Insane asylums in Bengal annual reports 1876-1887 - 1876-1887
Year: 1876
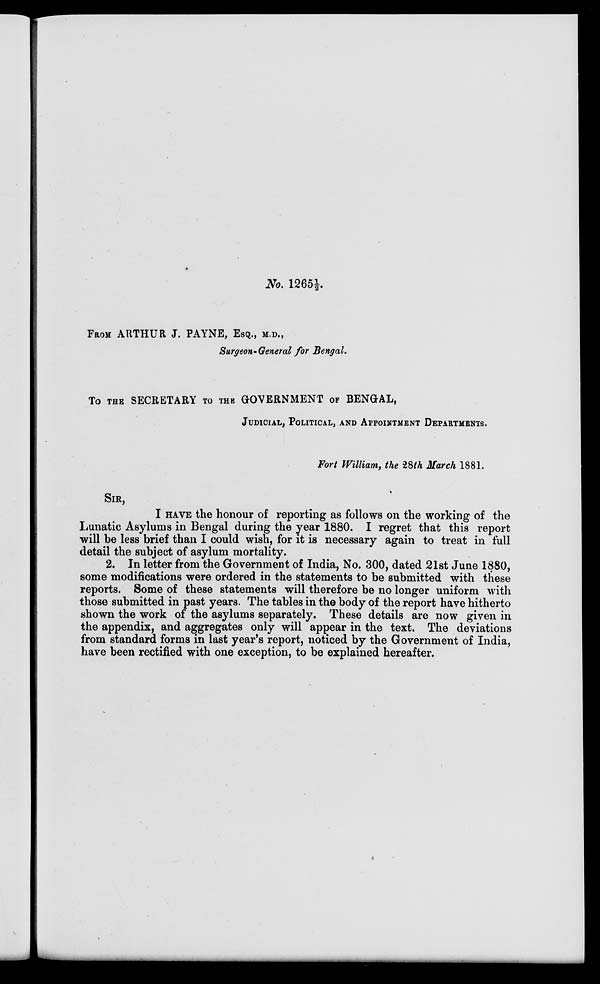
No. 1265½.
FROM ARTHUR J. PAYNE, ESQ., M.D.,
Surgeon-General for Bengal.
TO THE SECRETARY TO THE GOVERNMENT OF BENGAL,
JUDICIAL, POLITICAL, AND APPOINTMENT DEPARTMENTS.
Fort William, the 28th March 1881.
SIR,
I HAVE the honour of reporting as follows on the working of the
Lunatic Asylums in Bengal during the year 1880. I regret that this report
will be less brief than I could wish, for it is necessary again to treat in full
detail the subject of asylum mortality.
2. In letter from the Government of India, No. 300, dated 21st June 1880,
some modifications were ordered in the statements to be submitted with these
reports. Some of these statements will therefore be no longer uniform with
those submitted in past years. The tables in the body of the report have hitherto
shown the work of the asylums separately. These details are now given in
the appendix, and aggregates only will appear in the text. The deviations
from standard forms in last year's report, noticed by the Government of India,
have been rectified with one exception, to be explained hereafter.